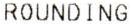
ROUNDING